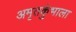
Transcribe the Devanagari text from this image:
अमृतकुंभाला